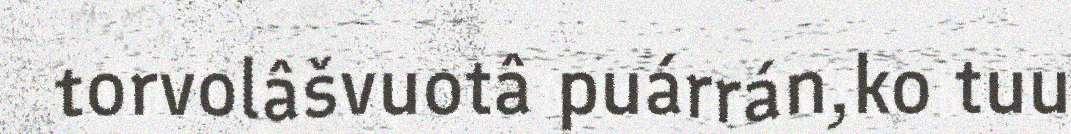
torvolâšvuotâ puárrán,ko tuu